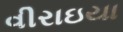
વીરાઇયા